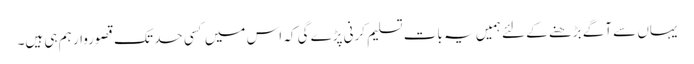
یہاں سے آگے بڑھنے کے لئے ہمیں یہ بات تسلیم کرنی پڑے گی کہ اس میں کسی حد تک قصوروار ہم ہی ہیں۔